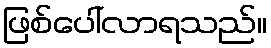
ဖြစ်ပေါ်လာရသည်။